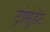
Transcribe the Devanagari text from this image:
ट्रांसुडेट